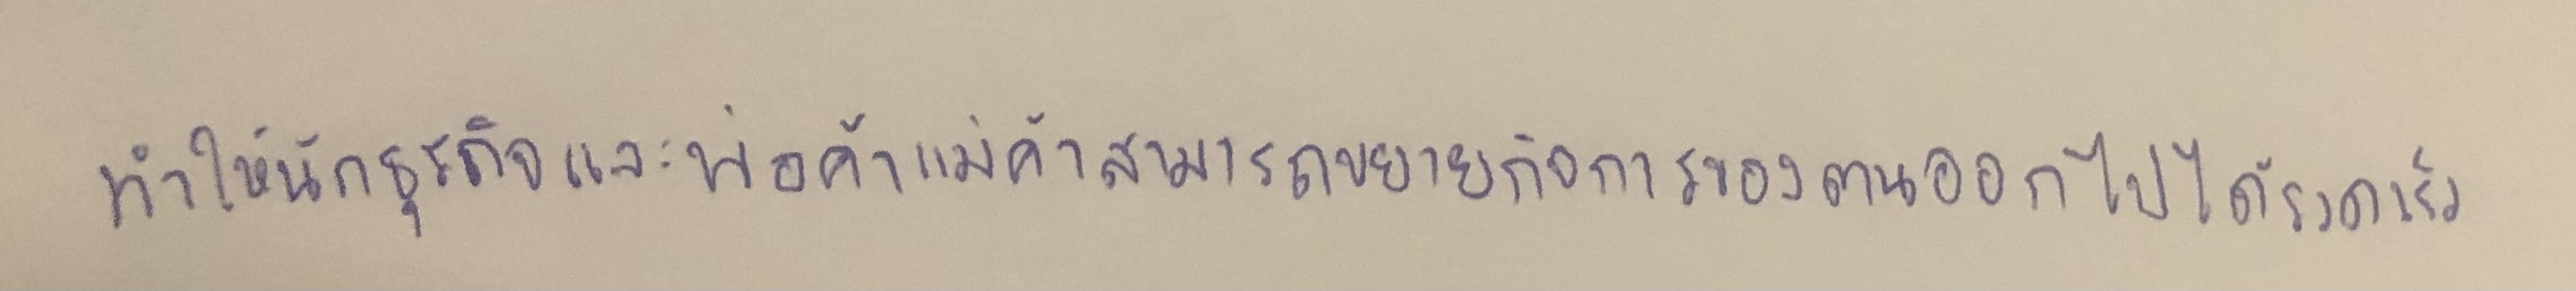
ทำให้นักธุรกิจและพ่อค้าแม่ค้าสามารถขยายกิจการของตนออกไปได้รวดเร็ว